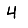
Digit: 4